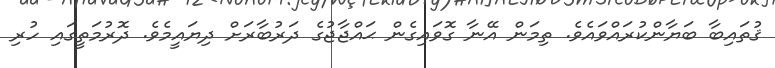
ޤުތައިބާ ބަޔާންކުރައްވައެވެ. ތިމަން އޭނާ ގޮވައިގެން ޙައްޖާޖުގެ ދަރުބާރަށް ދިޔައީމެވެ. ދޮރުމަތީގައި ހުރި